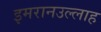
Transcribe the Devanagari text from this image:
इमरानउल्लाह